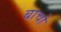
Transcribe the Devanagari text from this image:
बाचो